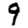
Digit: 9